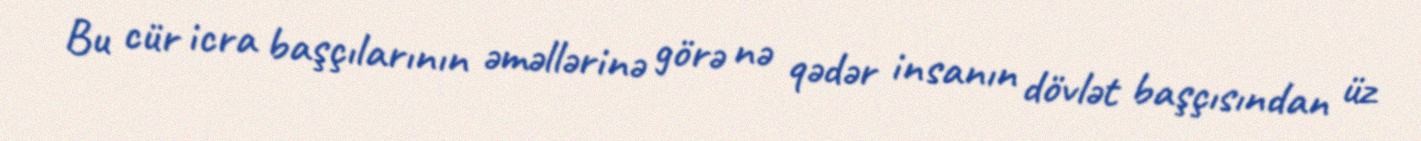
Bu cür icra başçılarının əməllərinə görə nə qədər insanın dövlət başçısından üz